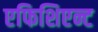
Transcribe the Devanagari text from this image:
एफिशिएन्ट